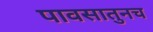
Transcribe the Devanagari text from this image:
पावसातुनच